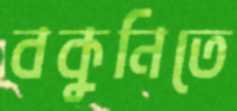
বকুনিতে